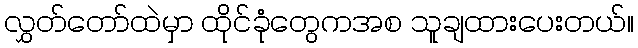
လွှတ်တော်ထဲမှာ ထိုင်ခုံတွေကအစ သူချထားပေးတယ်။